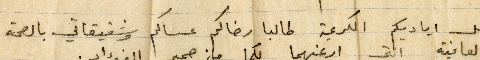
اقبل اياديكم الكريمة طالبا رضاكم عساكم وشقيقاتي بالصحة